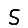
Digit: 5